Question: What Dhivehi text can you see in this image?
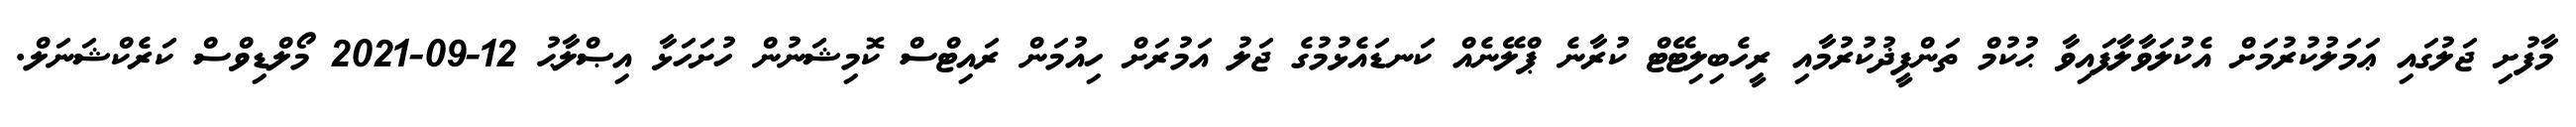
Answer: މާފުށި ޖަލުގައި ޢަމަލުކުރުމަށް އެކުލަވާލާފައިވާ ޙުކުމް ތަންފީޛުކުރުމާއި ރީހެބިލިޓޭޓް ކުރާނެ ޕްލޭނެއް ކަނޑައެޅުމުގެ ޖަލު އަމުރަށް ހިއުމަން ރައިޓްސް ކޮމިޝަނުން ހުށަހަޅާ އިޞްލާޙު 12-09-2021 މޯލްޑިވްސް ކަރެކްޝަނަލް.